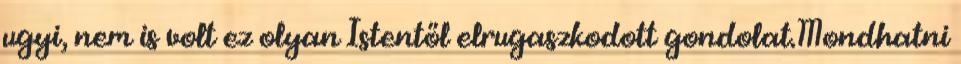
ugyi, nem is volt ez olyan Istentől elrugaszkodott gondolat.Mondhatni